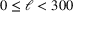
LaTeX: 0 \leq \ell < 3 0 0